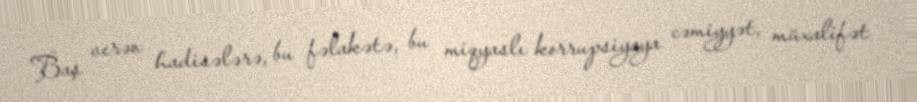
Baş verən hadisələrə, bu fəlakətə, bu miqyaslı korrupsiyaya cəmiyyət, müxalifət